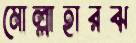
মোল্লাহারঝ